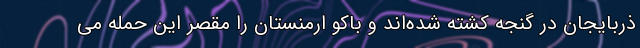
ذربایجان در گنجه کشته شده‌اند و باکو ارمنستان را مقصر این حمله می